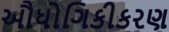
ઔધોગિકીકરણ